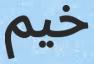
خيم